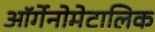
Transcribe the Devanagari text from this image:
ऑर्गेनोमेटालिक